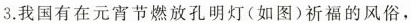
3.我国有在元宵节燃放孔明灯(如图)祈福的风俗，